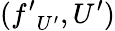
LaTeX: ({f^{\prime}}_{U^{\prime}},U^{\prime})